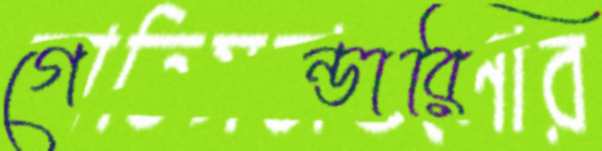
গেন্ডারি